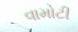
વામોટી